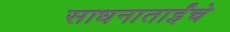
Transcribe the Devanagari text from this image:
साधनाताईंचे